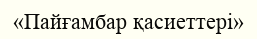
«Пайғамбар қасиеттері»